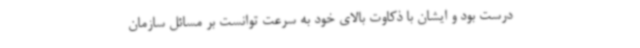
درست بود و ایشان با ذکاوت بالای خود به سرعت توانست بر مسائل سازمان